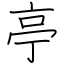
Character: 亭